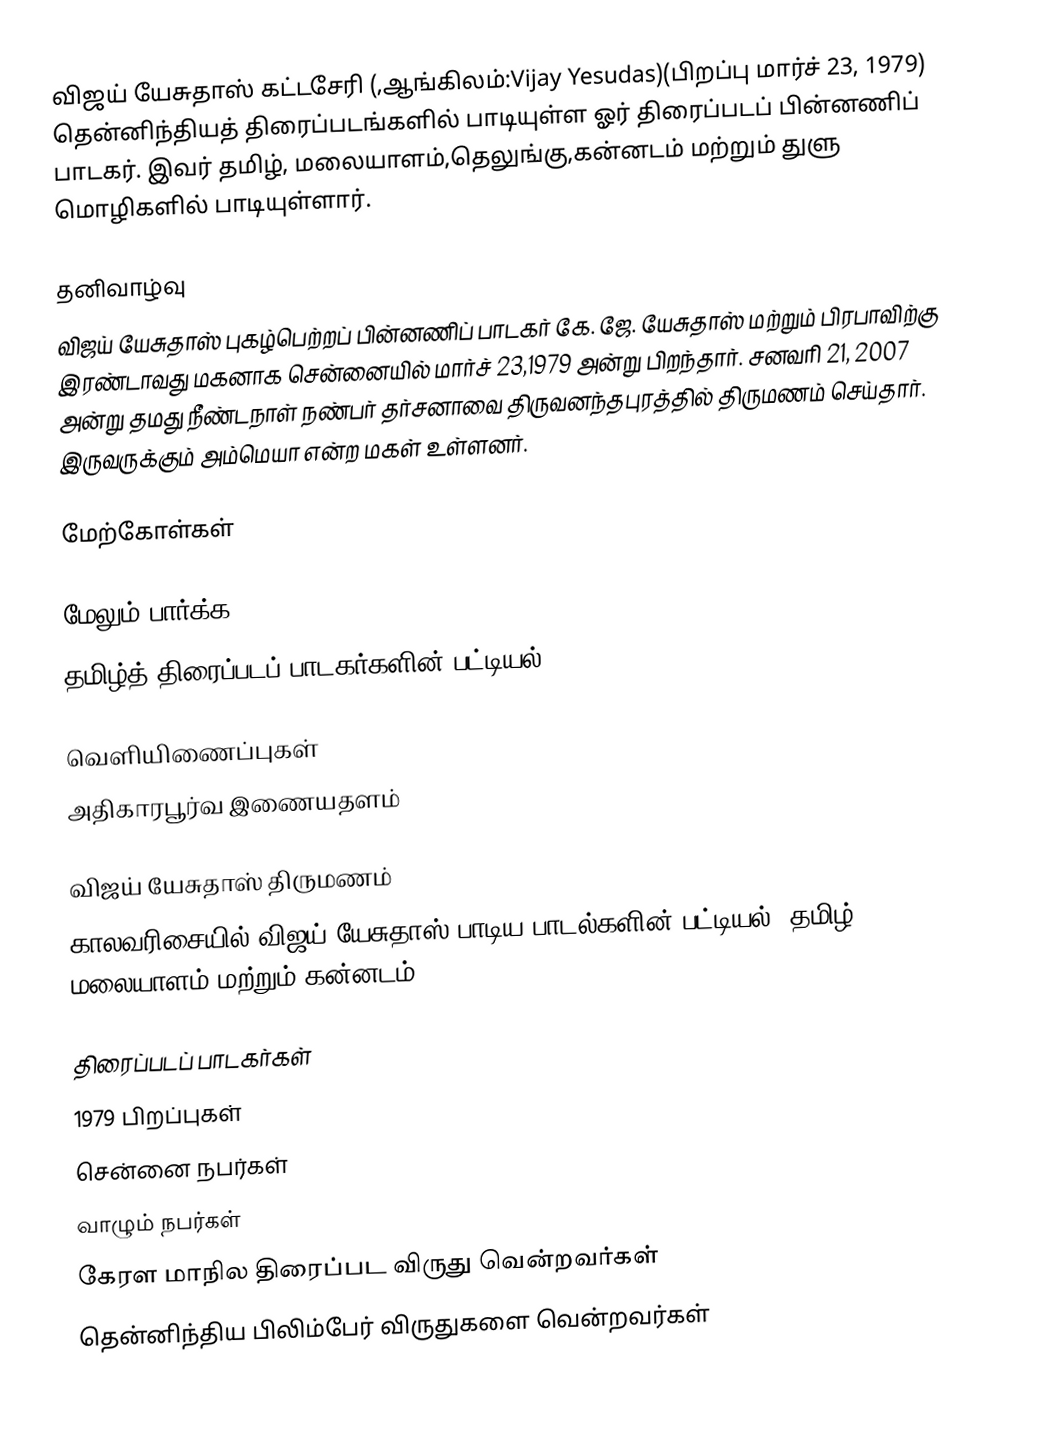
விஜய் யேசுதாஸ் கட்டசேரி (,ஆங்கிலம்:Vijay Yesudas)(பிறப்பு மார்ச் 23, 1979)  தென்னிந்தியத் திரைப்படங்களில் பாடியுள்ள ஓர் திரைப்படப் பின்னணிப் பாடகர். இவர் தமிழ், மலையாளம்,தெலுங்கு,கன்னடம் மற்றும் துளு மொழிகளில் பாடியுள்ளார்.

தனிவாழ்வு
விஜய் யேசுதாஸ் புகழ்பெற்றப் பின்னணிப் பாடகர் கே. ஜே. யேசுதாஸ் மற்றும் பிரபாவிற்கு இரண்டாவது மகனாக சென்னையில் மார்ச் 23,1979 அன்று பிறந்தார். சனவரி 21, 2007 அன்று தமது நீண்டநாள் நண்பர் தர்சனாவை திருவனந்தபுரத்தில் திருமணம் செய்தார். இருவருக்கும் அம்மெயா என்ற மகள் உள்ளனர்.

மேற்கோள்கள்

மேலும் பார்க்க
 தமிழ்த் திரைப்படப் பாடகர்களின் பட்டியல்

வெளியிணைப்புகள்
 அதிகாரபூர்வ இணையதளம்

 விஜய் யேசுதாஸ் திருமணம்
 காலவரிசையில் விஜய் யேசுதாஸ் பாடிய பாடல்களின் பட்டியல்: தமிழ், மலையாளம் மற்றும் கன்னடம்

திரைப்படப் பாடகர்கள்
1979 பிறப்புகள்
சென்னை நபர்கள்
வாழும் நபர்கள்
கேரள மாநில திரைப்பட விருது வென்றவர்கள்
தென்னிந்திய பிலிம்பேர் விருதுகளை வென்றவர்கள்